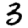
Digit: 3